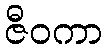
ဇီဝကာ